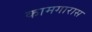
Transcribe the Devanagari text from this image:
कामगारास